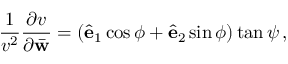
\frac { 1 } { v ^ { 2 } } \frac { \partial v } { \partial \bar { \bf w } } = \left( \hat { \bf e } _ { 1 } \cos \phi + \hat { \bf e } _ { 2 } \sin \phi \right) \tan \psi \, ,